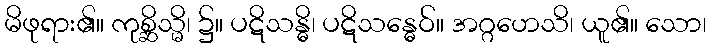
မိဖုရား၏။ ကုစ္ဆိသ္မိ၊ ၌။ ပဋိသန္ဓိ၊ ပဋိသန္ဓေဝ်။ အဂ္ဂဟေသိ၊ ယူ၏။ သော၊